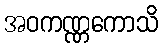
အဝကဏ္ဏကောသိ